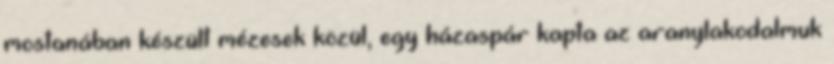
mostanában készült mézesek közül, egy házaspár kapta az aranylakodalmuk